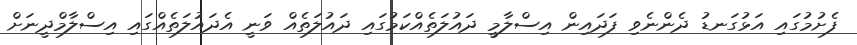
ފެށުމުގައި އަޅުގަނޑު ދެންނެވި ފަދައިން އިސްލާމީ ދައުލަތެއްކަމުގައި ދައުލަތެއް ވަނީ އެދައުލަތެއްގައި އިސްލާމްދީނަށް